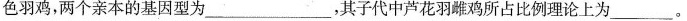
色羽鸡，两个亲本的基因型为___，其子代中芦花羽雌鸡所占比例理论上为___。